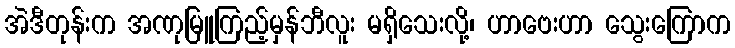
အဲဒီတုန်းက အဏုမြူကြည့်မှန်ဘီလူး မရှိသေးလို့၊ ဟာဗေးဟာ သွေးကြောက